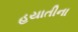
હયાતીના